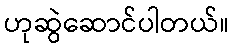
ဟုဆွဲဆောင်ပါတယ်။